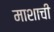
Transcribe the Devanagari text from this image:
माशाची